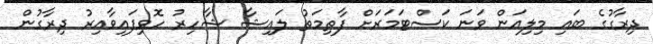
ދިރާގުގެ ބައި މިލިއަން ވަނަ ކަސްޓަމަރަށް ފާތިމަތު ލައިޝާ ޝާހިރު ހޮވިފައިވާއިރު ދިރާގުން